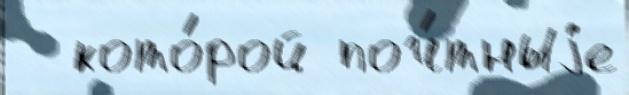
  кото́рой поч́тныjе